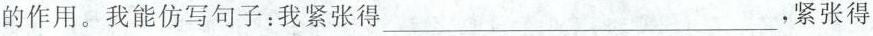
的作用。我能仿写句子：我紧张得___，紧张得